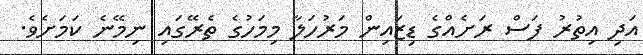
އަދި އިތުރު ފަސް ރަށެއްގެ ޑިޒައިން މަރުހަލާ މިމަހުގެ ތެރޭގައި ނިމޭނެ ކަމަށެވެ.